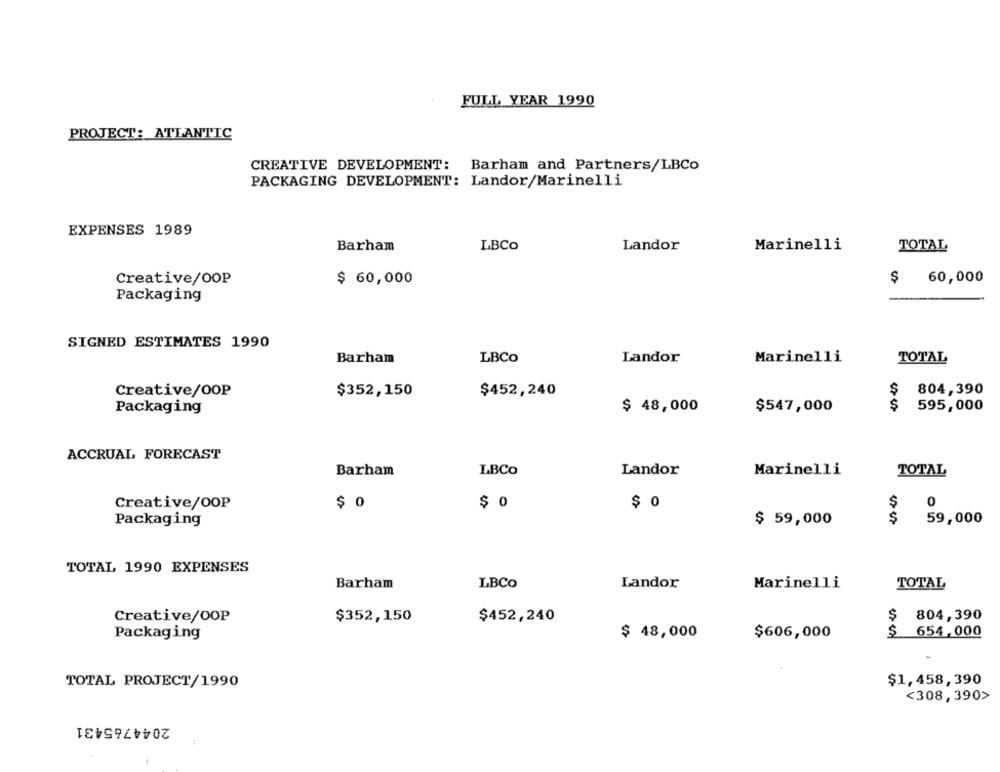
FULL YEAR 1990
PROJECT: ATLANTIC
CREATIVE DEVELOPMENT:
Barham and Partners/LBCo
PACKAGING DEVELOPMENT: Landor/Marinelli
EXPENSES 1989
Barham
LBCo
Landor
Marinelli
TOTAL
Creative/OOP
$ 60,000
$ 60,000
Packaging
SIGNED ESTIMATES 1990
Barham
LBCo
Landor
Marinelli
TOTAL
Creative/OOP
$352,150
$452,240
$
804,390
Packaging
$ 48,000
$547,000
$
595,000
ACCRUAL FORECAST
Barham
LBCo
Marinelli
Landor
TOTAL
0
Creative/OOP
$ 0
$ 0
$ 0
$
Packaging
$ 59,000
59,000
TOTAL 1990 EXPENSES
Barham
LBCO
Landor
Marinelli
TOTAL
$452,240
$
804,390
Creative/OOP
$352,150
$
654,000
Packaging
$ 48,000
$606,000
TOTAL PROJECT/1990
$1,458,390
<308, 390>
2044765431